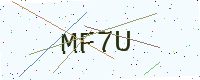
Text: MF7U